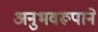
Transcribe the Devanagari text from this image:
अनुभवरूपाने